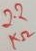
Text: 2.2KΩ